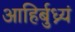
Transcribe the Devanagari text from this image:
आहिर्बुध्न्यं